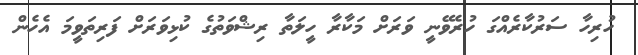
ހުރިހާ ސަރުކާރެއްގަ ހުރެވޭނީ ވަރަށް މަކާރާ ހީލަތާ ރިޝްވަތުގެ ކުޅިވަރަށް ފަރިތަވީމަ އެހެން